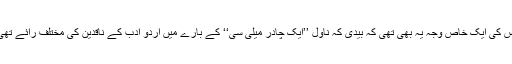
اس کی ایک خاص وجہ یہ بھی تھی کہ بیدی کہ ناول ’’ایک چادر میلی سی‘‘ کے بارے میں اردو ادب کے ناقدین کی مختلف رائے تھی۔